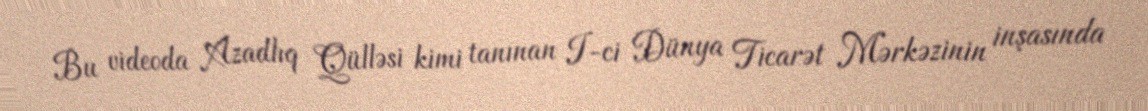
Bu videoda Azadlıq Qülləsi kimi tanınan I-ci Dünya Ticarət Mərkəzinin inşasında